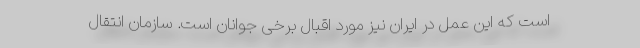
است که این عمل در ایران نیز مورد اقبال برخی جوانان است. سازمان انتقال